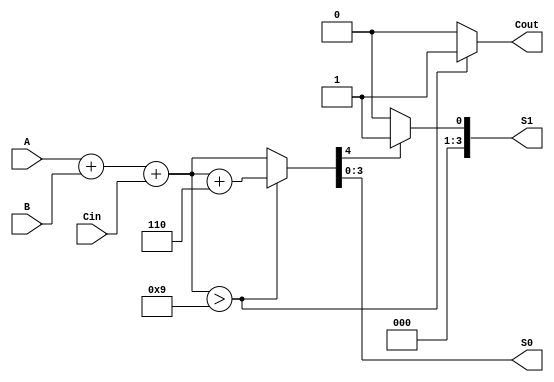
module BCD_Redundant_Binary_Adder (
    input [3:0] A,      // First BCD digit (4 bits)
    input [3:0] B,      // Second BCD digit (4 bits)
    input Cin,          // Carry-in (optional)
    output reg [3:0] S0, // Lower BCD digit result (4 bits)
    output reg [3:0] S1, // Higher BCD digit result (4 bits)
    output reg Cout      // Carry-out
);

    // Intermediate variables for addition
    reg [4:0] sum;       // 5-bit wide to handle carry
    reg [4:0] corrected_sum; // For BCD correction

    // BCD correction constant
    localparam CORRECTION = 5'd6; // BCD correction value

    always @(*) begin
        // Step 1: Binary Addition
        sum = A + B + Cin;

        // Step 2: BCD Correction
        if (sum > 9) begin
            corrected_sum = sum + CORRECTION;
            Cout = 1'b1; // Set carry-out if correction is applied
        end else begin
            corrected_sum = sum;
            Cout = 1'b0; // No carry-out if no correction
        end

        // Assign the results to output BCD digits
        S0 = corrected_sum[3:0]; // Lower digit
        S1 = corrected_sum[4] ? 4'b0001 : 4'b0000; // Higher digit (only 1 if carry)
    end

endmodule